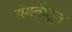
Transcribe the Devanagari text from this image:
संगतीतून